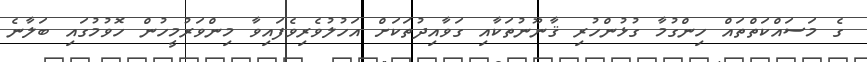
ގެ މަސައްކަތްތައް ހިންގުމާ ގުޅުންހުރި ޤާނޫނުތަކާއި ގަވާއިދުތަކަށް އަހުލުވެރިވެފައިވާ މިންވަރުމީހުން ހޮވުމުގައި ބަލާނެ